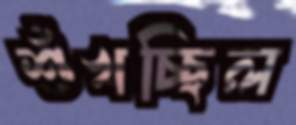
শুঁখচ্ছিল